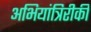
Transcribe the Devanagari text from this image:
अभियांत्रिरीकी